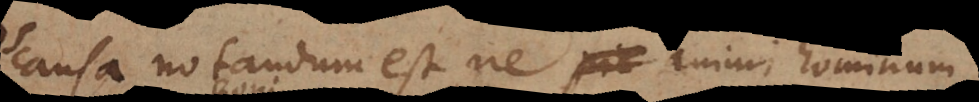
causa notandum est, ne animi hominum